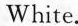
White.